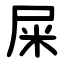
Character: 屎